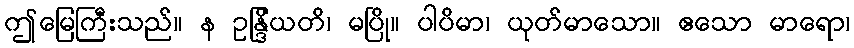
ဤမြေကြီးသည်။ န ဥန္ဒြိယတိ၊ မပြို။ ပါပိမာ၊ ယုတ်မာသော။ ဧသော မာရော၊